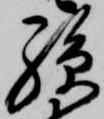
孫